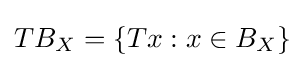
TB_{X}=\{Tx:x\in B_{X}\}